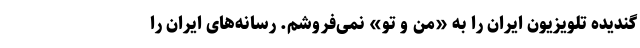
گندیده تلویزیون ایران را به «من و تو» نمی‌فروشم. رسانه‌های ایران را